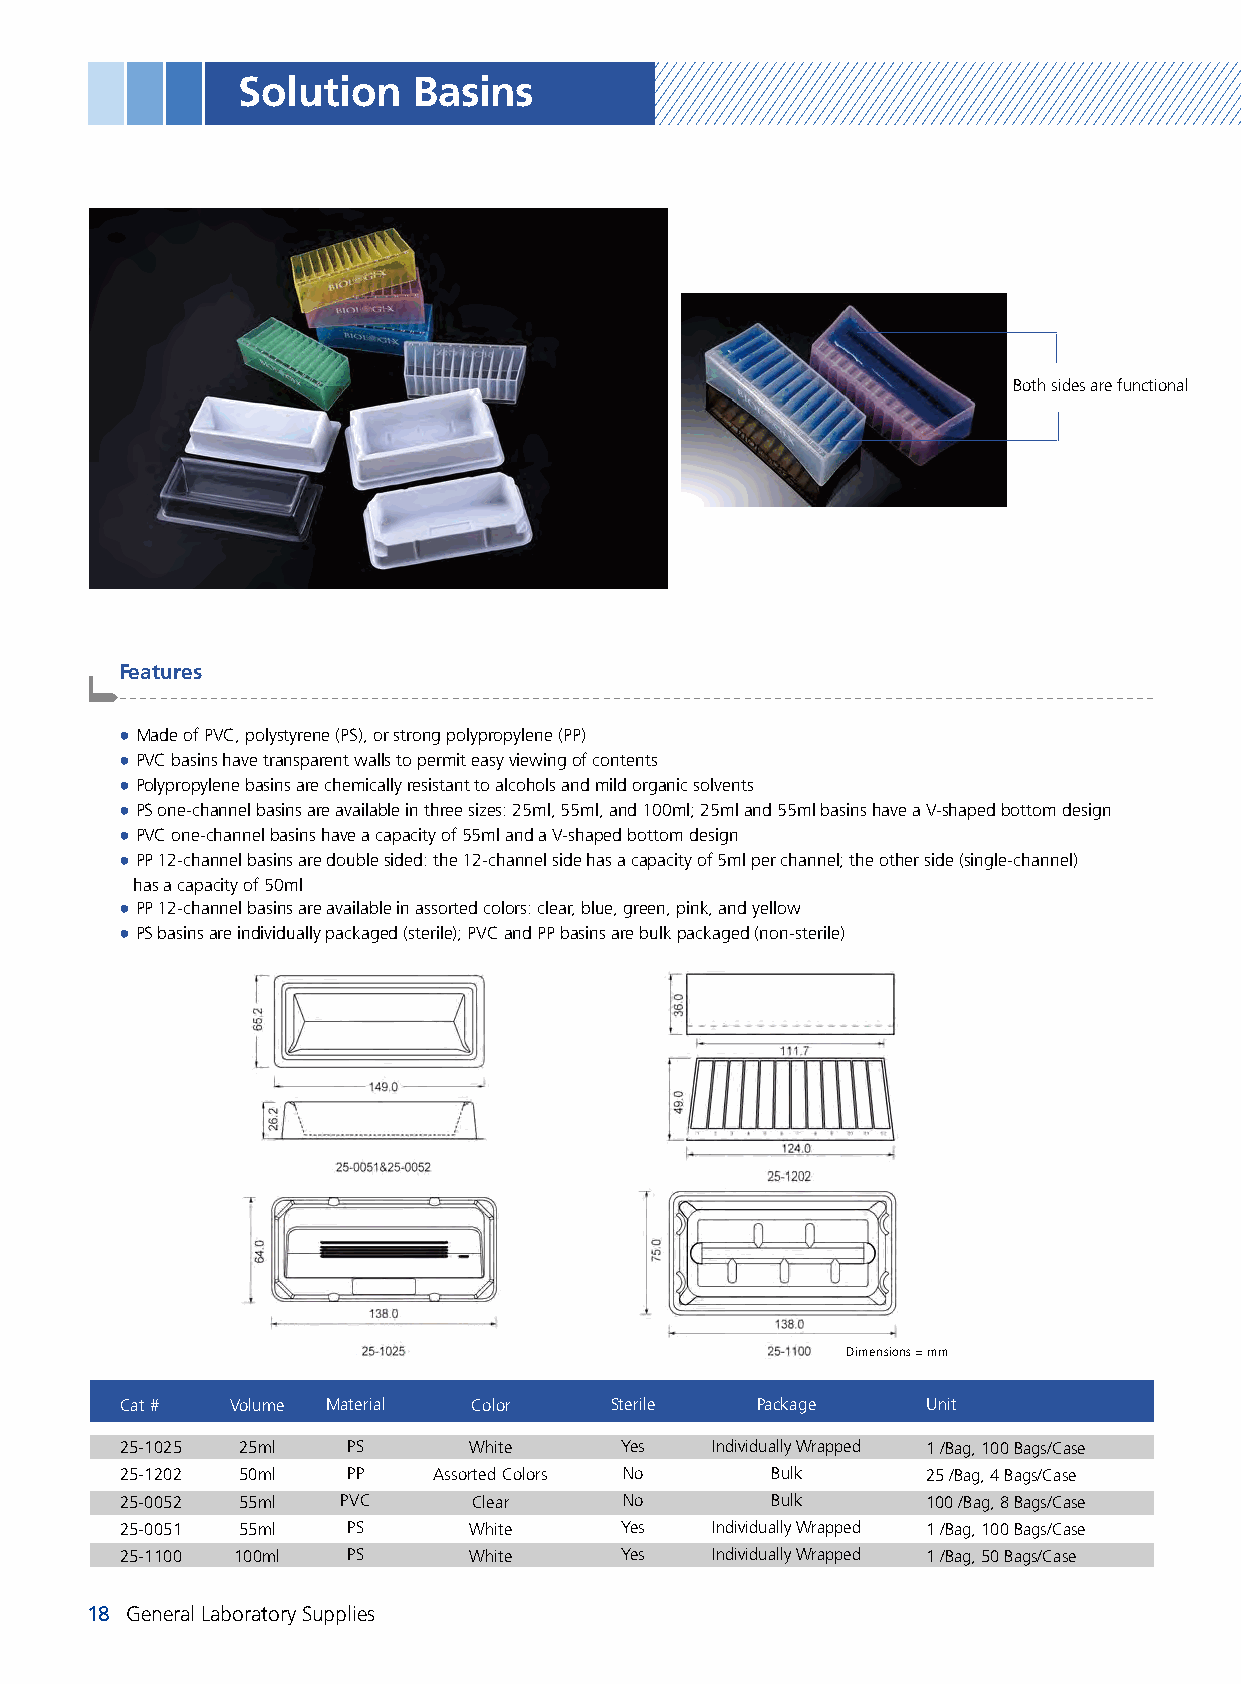
Solution   Basins
 Both sides are functional
 Features
 -------------------------------------------------------------------------------------------------------
 ● Made of PVC, polystyrene (PS), or strong polypropylene (PP)
 ● PVC basins have transparent walls to permit easy viewing of contents
 ● Polypropylene basins are chemically resistant to alcohols and mild organic solvents
 ● PS one-channel basins are available in three sizes: 25ml, 55ml, and 100ml; 25ml and 55ml basins have a V-shaped bottom design
 ● PVC one-channel basins have a capacity of 55ml and a V-shaped bottom design
 ● PP 12-channel basins are double sided: the 12-channel side has a capacity of 5ml per channel; the other side (single-channel)
 has a capacity of 50ml
 ● PP 12-channel basins are available in assorted colors: clear, blue, green, pink, and yellow
 ● PS basins are individually packaged (sterile); PVC and PP basins are bulk packaged (non-sterile)
 Dimensions = mm
 Cat #  Volume Material Color    Sterile   Package    Unit
 25-1025 25ml   PS      White     Yes   Individually Wrapped 1 /Bag, 100 Bags/Case
 25-1202 50ml   PP    Assorted Colors No    Bulk      25 /Bag, 4 Bags/Case
 25-0052 55ml   PVC     Clear     No        Bulk      100 /Bag, 8 Bags/Case
 25-0051 55ml   PS      White     Yes   Individually Wrapped 1 /Bag, 100 Bags/Case
 25-1100 100ml  PS      White     Yes   Individually Wrapped 1 /Bag, 50 Bags/Case
 18 General Laboratory Supplies